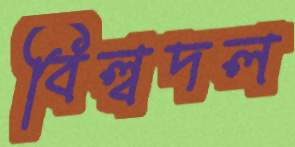
বিল্বদল